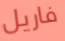
فاريل